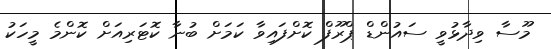
މޫސާ ވިދާޅުވީ ސައުންޑް ޕްރޫފް ކޮށްފައިވާ ކަމަށް ބުނާ ކޮޓަރިއަށް ކޮންމެ މީހަކު